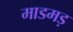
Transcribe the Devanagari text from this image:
माडमड़